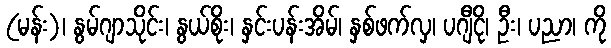
(မန်း)၊ နွမ်ဂျာသိုင်း၊ နွယ်စိုး၊ နှင်းပန်းအိမ်၊ နှစ်ဖက်လှ၊ ပဂျီငို၊ ဦး၊ ပညာ၊ ကို